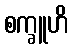
စက္ခူဟိ